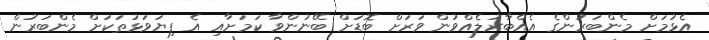
އެޅުމަށް މެންބަރުންގެ އެއްބާރުލެއްވުން ވަރަށް ބޮޑަށް ބޭނުންވާ ކަމަށާއި އެ ފިޔަވަޅުތަކަށް މެންބަރުން